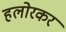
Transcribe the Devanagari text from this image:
हलोरकर